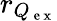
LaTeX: r_{Q_{\mathrm{~e~x~}}}